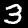
Label: 3